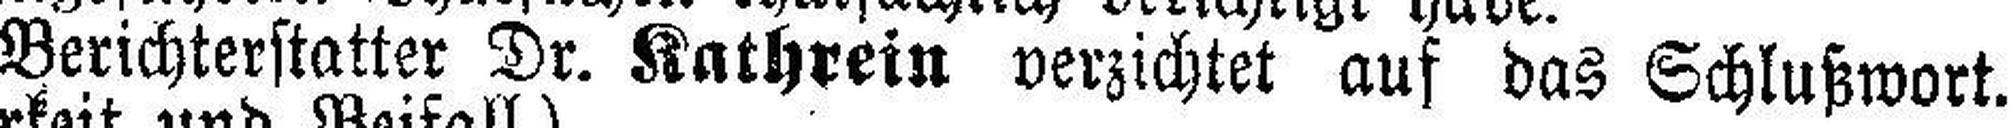
Berichterstatter Dr. Kathrein verzichtet auf das Schlußwort.